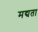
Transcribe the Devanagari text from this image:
मद्यता